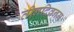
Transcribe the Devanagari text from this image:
तीनदिवनम